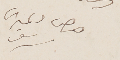
جرجي دمتري سرسق